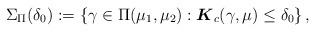
LaTeX: \begin{align*}\Sigma_{\Pi}(\delta_0) := \left\{\gamma \in \Pi(\mu_1, \mu_2) : \boldsymbol{K}_c(\gamma, \mu) \le \delta_0 \right\},\end{align*}